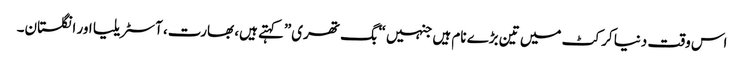
اس وقت دنیا کرکٹ میں تین بڑے نام ہیں جنہیں “بگ تھری”کہتے ہیں، بھارت، آسٹریلیا اور انگلستان۔